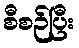
စီစဉ်ပြီး